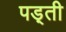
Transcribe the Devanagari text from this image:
पड़्ती